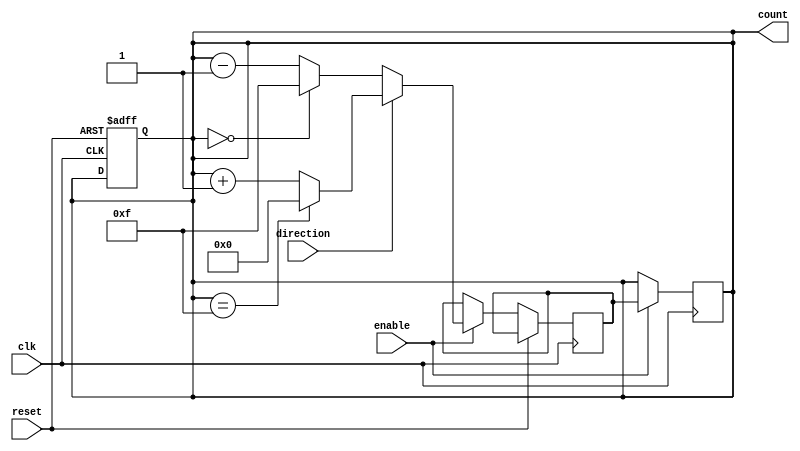
module GrayCounter (
    input wire clk,
    input wire reset,
    input wire enable,
    input wire direction,
    output reg [3:0] count
);

reg [3:0] next_count;

always @(posedge clk or posedge reset) begin
    if (reset) begin
        count <= 4'b0000;
    end else if (enable) begin
        if (direction) begin
            if (count == 4'b1111) begin
                next_count = 4'b0000;
            end else begin
                next_count = count + 1;
            end
        end else begin
            if (count == 4'b0000) begin
                next_count = 4'b1111;
            end else begin
                next_count = count - 1;
            end
        end
    end
end

always @(posedge clk) begin
    if (enable) begin
        count <= next_count;
    end
end

endmodule